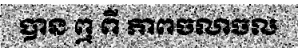
បាន ឮ ពី ភាពចលាចល